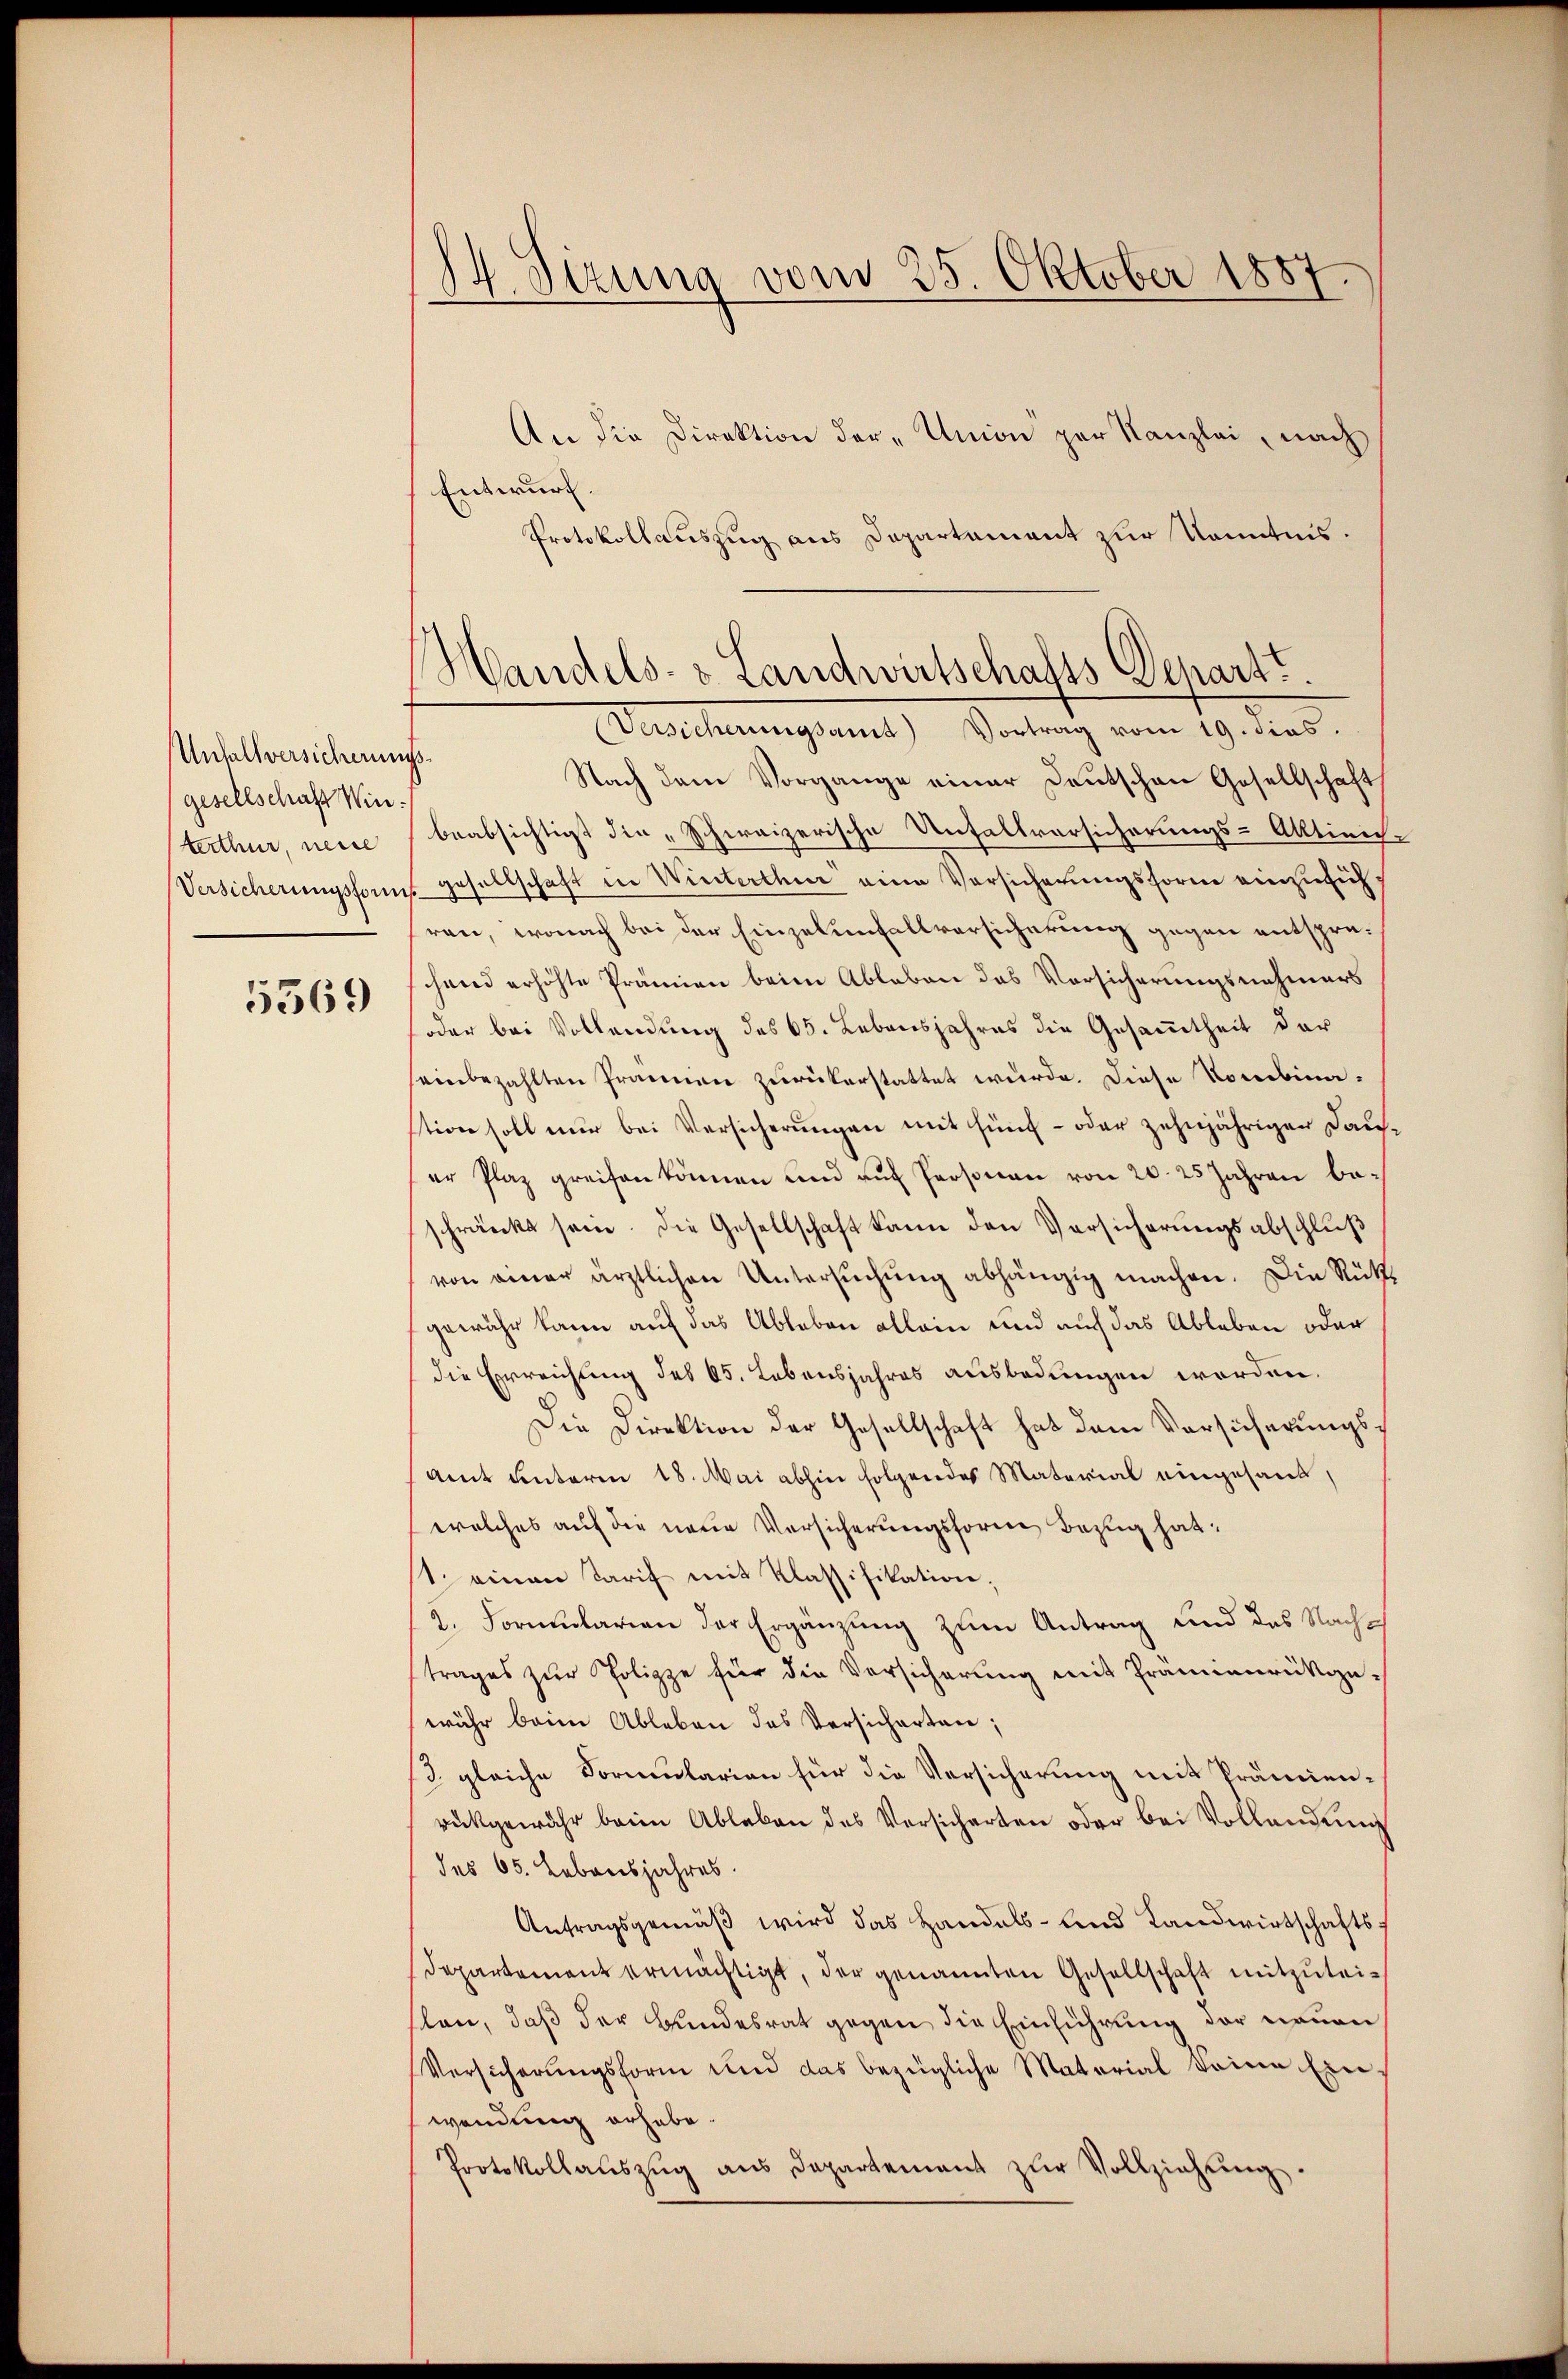
Unfallversicherungs¬
(gesellschaft Winterthur, neue
Versicherungsforms

5569

14. Sirung vom 25. Oktober 1887.

An die Direktion der „Union zur Kanzlei, nach
Entwurf.
Protokollauszug aus Departament zur Kenntnis.

Handels- & Landwirtschafts-Depart.
Versicherungsamt Vortrag vom 19. dies.

Nach dem Vorgange einer Deutschen Gesellschaft
beabsichtigt die „Schweizerische Unfallversicherungs-Aktirich.
gesellschaft in Winterthur eine Vorsicherungsform einzusich
ren, wonach bei der Einzelenfallversicherung gegen entsprehend erhöhte Prämien beim Ableben das Vorsicherungsnehmers
oder bei Vollendung des 65. Lebensjahres die Gesammtheit der
einbezahlten Prämien zurückerstattet wurde. Diese Kombinastion soll nur bei Versicherŭngen mit fünf- oder zehnjähriger Dauer Plaz greifen können und aŭf Personau von 20. 25 Jahren be-
schränkt sein. Die Gesellschaft kann den Versicherungsabschluß
von einer ärztlichen Untersŭchŭng abhängig machen. Die Rücks
gewähr kann auf das Ableben allein und auch das Ableben oder
die Erreichung des 65. Lebensjahres ausbedungen worden.
Die Direktion der Gesellschaft hat dem Vorsicherungs¬
Amt unterm 18. Mai abhin folgendes Material eingesandwelches auf die neue Versicherungsforme Bezug hat:
1. einen Tarif mit Klassifikation.
2. Formularian der Ergänzung zum Antrag und des Nachtrages zur Polizze für die Versicherung mit Prannenrückge-
wuhr beim Ableben das Versicherten;
/3. gleiche Formularian für die Versicherung mit Prämienrückgewähr beim Ableben des Versicherten oder bei Vollendung
des 65. Lebensjahres.
Antragsgemäß wird das Handels- und Landwirtschafts
Departement ermächtigt, der genannten Gesellschaft mitzŭteislen, daß der Bundesrat gegen die Einführung der neuen
Versicherungsform und das bezügliche Material keine Ein-
wendung erhabe.
Protokollaŭszŭg aŭs Departement zŭr Vollziehŭng